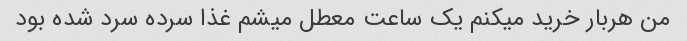
من هربار خرید میکنم یک ساعت معطل میشم غذا سرده سرد شده بود